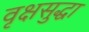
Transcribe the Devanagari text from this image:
वृक्षसुद्धा